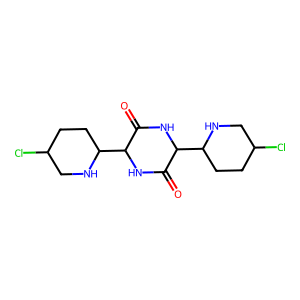
SMILES: O=C1NC(C2CCC(Cl)CN2)C(=O)NC1C1CCC(Cl)CN1
Inhibits HIV replication: No